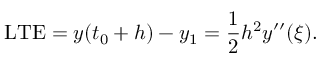
\mathrm { L T E } = y ( t _ { 0 } + h ) - y _ { 1 } = { \frac { 1 } { 2 } } h ^ { 2 } y ^ { \prime \prime } ( \xi ) .